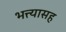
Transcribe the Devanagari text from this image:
भत्त्यासह